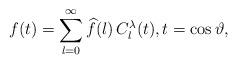
LaTeX: \begin{align*}f(t)=\sum_{l=0}^\infty\widehat f(l)\,C_l^\lambda(t),t=\cos\vartheta,\end{align*}